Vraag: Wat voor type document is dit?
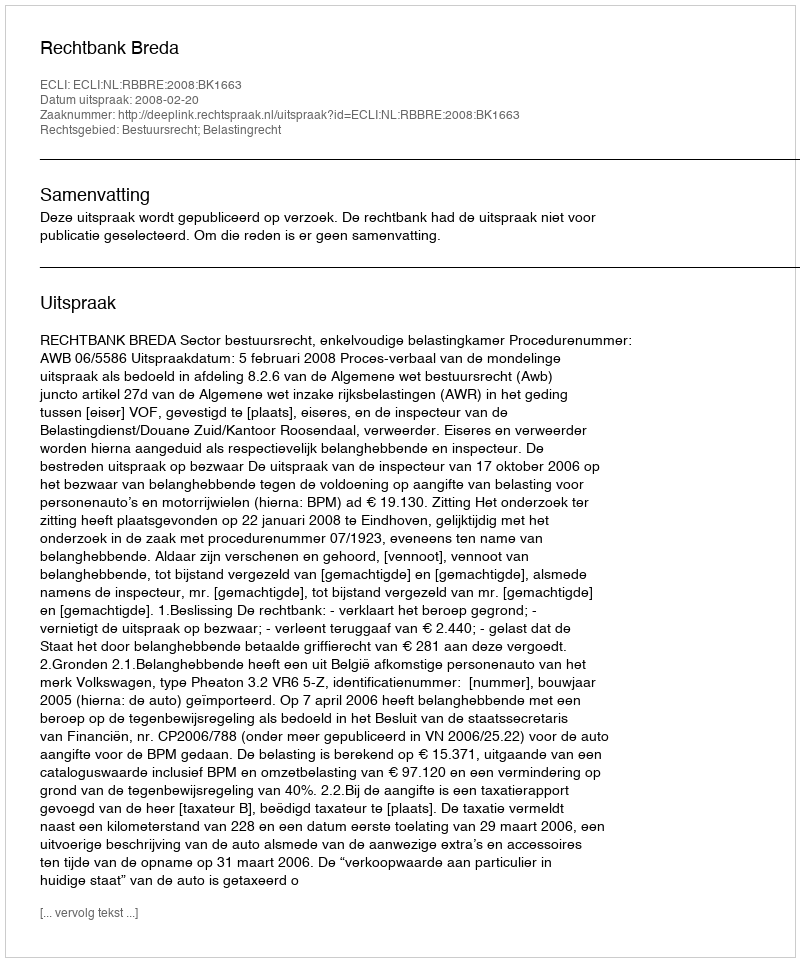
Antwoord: Uitspraak